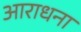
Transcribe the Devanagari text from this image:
अाराधना